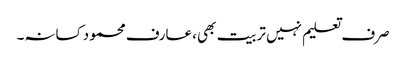
صرف تعلیم نہیں تربیت بھی، عارف محمود کسانہ۔